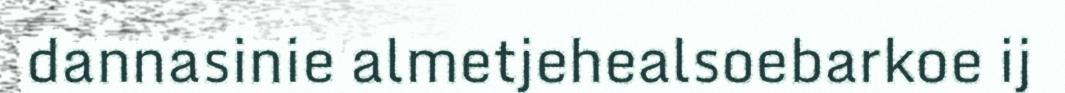
dannasinie almetjehealsoebarkoe ij